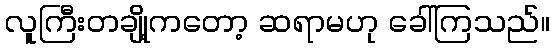
လူကြီးတချို့ကတော့ ဆရာမဟု ခေါ်ကြသည်။